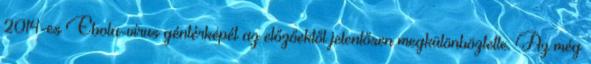
2014-es Ebola-vírus géntérképét az előzőektől jelentősen megkülönböztette. Az még